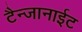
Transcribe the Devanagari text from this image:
टैन्जानाईट